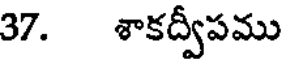
37. శాకద్వీపము